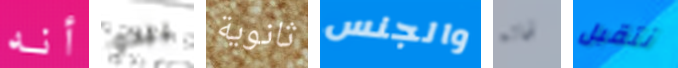
أنه يبدو ثانوية والجنس لحاله نتقبل